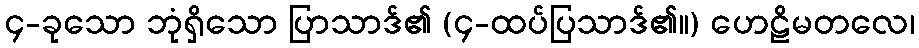
၄-ခုသော ဘုံရှိသော ပြာသာဒ်၏ (၄-ထပ်ပြသာဒ်၏။) ဟေဠိမတလေ၊